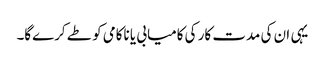
یہی ان کی مدت کار کی کامیابی یا ناکامی کو طے کرے‌گا۔